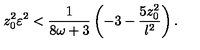
z _ { 0 } ^ { 2 } \varepsilon ^ { 2 } < { \frac { 1 } { 8 \omega + 3 } } \left( - 3 - { \frac { 5 z _ { 0 } ^ { 2 } } { l ^ { 2 } } } \right) .